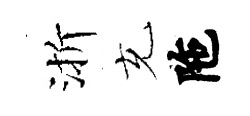
渐充陁